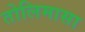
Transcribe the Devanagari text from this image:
तोलिमासा